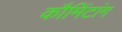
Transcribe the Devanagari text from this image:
कौमिंटांग